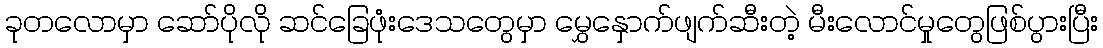
ခုတလောမှာ ဆော်ပိုလို ဆင်ခြေဖုံးဒေသတွေမှာ မွှေနှောက်ဖျက်ဆီးတဲ့ မီးလောင်မှုတွေဖြစ်ပွားပြီး